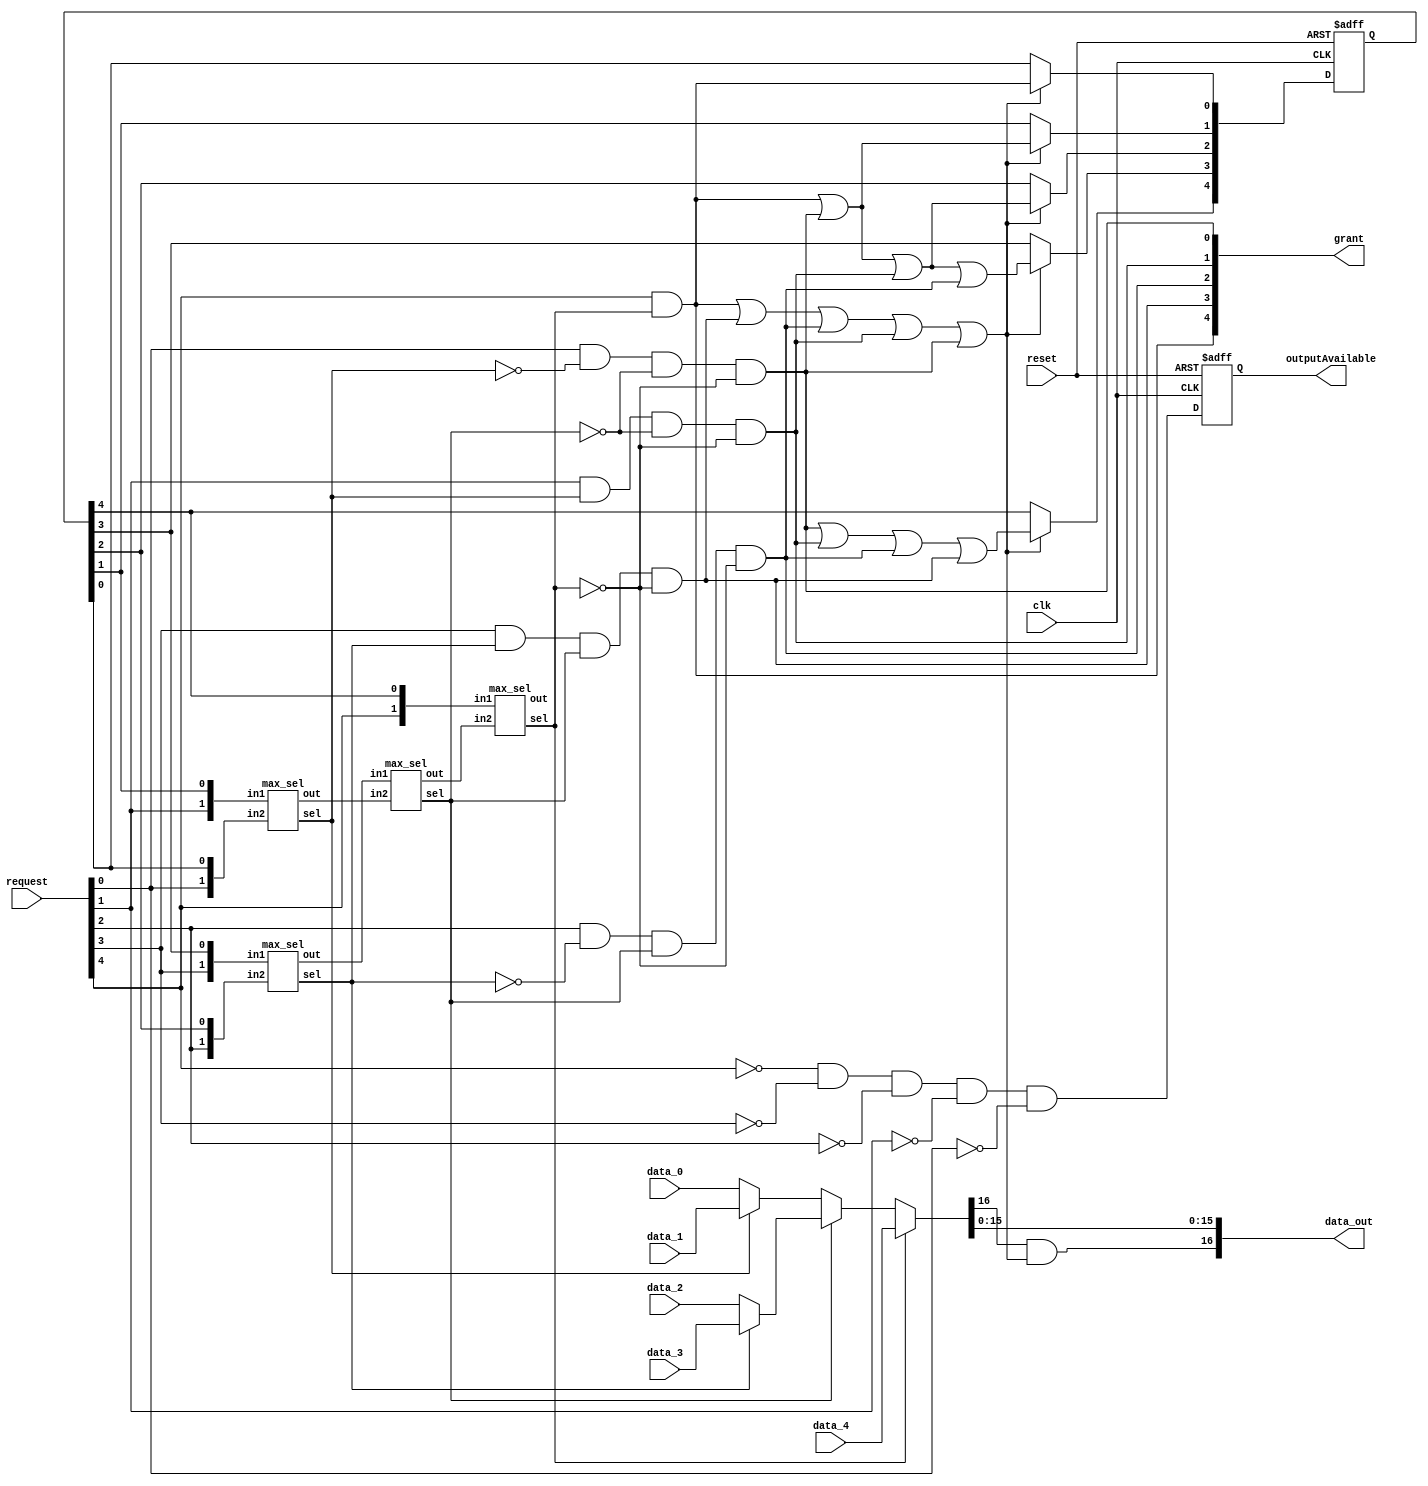
module arbiter_mux
(
    input                   clk,reset,
    input       [4:0]       request,
    input       [16:0]      data_0,data_1,data_2,data_3,data_4,
    output      [4:0]       grant,
    output      [16:0]      data_out,
    output  reg             outputAvailable
);

reg     [4:0]       prior;

wire    [1:0]       stage0      [4:0];
wire    [1:0]       stage1      [2:0];
wire    [1:0]       stage2      [1:0];
wire    [1:0]       stage3;

wire    [1:0]       stage1_sel;
wire                stage2_sel;
wire                stage3_sel;

wire    [16:0]      stage1_data   [2:0];
wire    [16:0]      stage2_data   [1:0];
wire    [16:0]      stage3_data;

wire    [4:0]       stage1_grant;
wire    [4:0]       stage2_grant;
wire    [4:0]       stage3_grant;

wire                anyGrant;

always @(posedge clk or posedge reset) begin
if(reset) prior <=5'b11111;
else begin
    if(anyGrant) begin
        prior[0]<=grant[4];
        prior[1]<=grant[4]|grant[0];
        prior[2]<=grant[4]|grant[0]|grant[1];
        prior[3]<=grant[4]|grant[0]|grant[1]|grant[2];
        prior[4]<=grant[0]|grant[1]|grant[2]|grant[3];
    end
end
end

//generate prior logic
assign stage0[0]={request[0],prior[0]};
assign stage0[1]={request[1],prior[1]};
assign stage0[2]={request[2],prior[2]};
assign stage0[3]={request[3],prior[3]};
assign stage0[4]={request[4],prior[4]};

//generate select signal for mux
max_sel stage_1_0( .in1(stage0[1]), .in2(stage0[0]), .out(stage1[0]), .sel(stage1_sel[0]));
max_sel stage_1_1( .in1(stage0[3]), .in2(stage0[2]), .out(stage1[1]), .sel(stage1_sel[1]));

assign stage1[2]=stage0[4];

max_sel stage_2( .in1(stage1[1]), .in2(stage1[0]), .out(stage2[0]), .sel(stage2_sel));
assign stage2[1]=stage1[2];

max_sel stage_3( .in1(stage2[1]), .in2(stage2[0]), .out(stage3), .sel(stage3_sel));

//generate datapath for output
assign stage1_data[0] = stage1_sel[0]?data_1:data_0;
assign stage1_data[1] = stage1_sel[1]?data_3:data_2;
assign stage1_data[2] = data_4;

assign stage2_data[0] = stage2_sel?stage1_data[1]:stage1_data[0];
assign stage2_data[1] = stage1_data[2];

assign stage3_data=stage3_sel?stage2_data[1]:stage2_data[0];

//generate grant signal
assign stage1_grant[0]=request[0]&!stage1_sel[0];
assign stage1_grant[1]=request[1]&stage1_sel[0];
assign stage1_grant[2]=request[2]&!stage1_sel[1];
assign stage1_grant[3]=request[3]&stage1_sel[1];
assign stage1_grant[4]=request[4];

assign stage2_grant[0]=stage1_grant[0]&!stage2_sel;
assign stage2_grant[1]=stage1_grant[1]&!stage2_sel;
assign stage2_grant[2]=stage1_grant[2]&stage2_sel;
assign stage2_grant[3]=stage1_grant[3]&stage2_sel;
assign stage2_grant[4]=stage1_grant[4];

assign stage3_grant[0]=stage2_grant[0]&!stage3_sel;
assign stage3_grant[1]=stage2_grant[1]&!stage3_sel;
assign stage3_grant[2]=stage2_grant[2]&!stage3_sel;
assign stage3_grant[3]=stage2_grant[3]&!stage3_sel;
assign stage3_grant[4]=stage2_grant[4]&stage3_sel;

assign grant=stage3_grant;
assign anyGrant=stage3_grant[4]|stage3_grant[3]|stage3_grant[2]|stage3_grant[1]|stage3_grant[0];

always @(posedge clk or posedge reset) begin
    if(reset) outputAvailable <='b1;
    else begin
        outputAvailable=!request[4]&!request[3]&!request[2]&!request[1]&!request[0];

    end
end

assign data_out={stage3_data[16]&anyGrant,stage3_data[15:0]};

endmodule


/////////comparator select max input//////////////
module max_sel
(
    input       [1:0]       in1,in2,
    output      [1:0]       out,
    output                  sel
);

assign sel= (in1[1]&!in2[1])|(in1[0]&!in2[1]&!in2[0])|(in1[1]&in1[0]&!in2[0]);
assign out= sel?in1:in2;

endmodule